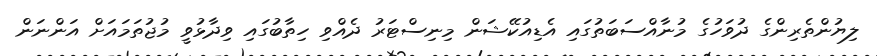
ލިޔުންތެރިންގެ ދުވަހުގެ މުނާއްސަބަތުގައި އެޑިއުކޭޝަން މިނިސްޓަރު ދެއްވި ހިތާބުގައި ވިދާޅުވީ މުޖުތަމައަށް އަންނަން